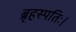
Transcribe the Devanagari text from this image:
ब्रृहस्पतिः।